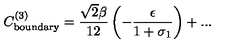
C _ { \mathrm { b o u n d a r y } } ^ { ( 3 ) } = \frac { \sqrt { 2 } \beta } { 1 2 } \left( - \frac { \epsilon } { 1 + \sigma _ { 1 } } \right) + . . .